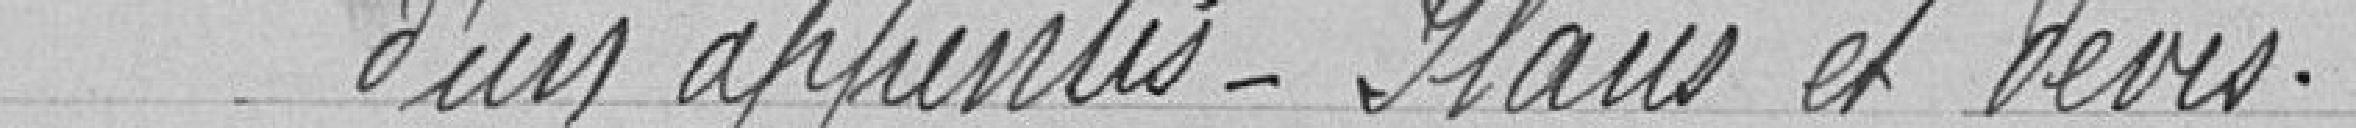
d'un appentis - Plans et devis.